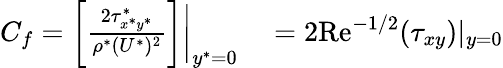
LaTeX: \begin{array}{rl}{C_{f}=\biggl[\frac{2\tau_{x^{*}y^{*}}^{*}}{\rho^{*}(U^{*})^{2}}\biggr]\biggl|_{y^{*}=0}}&{{}=2\textrm{Re}^{-1/2}(\tau_{xy})|_{y=0}}\end{array}